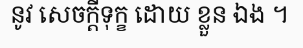
នូវ សេចក្តីទុក្ខ ដោយ ខ្លួន ឯង ។